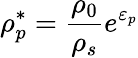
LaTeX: \rho_{p}^{*}=\frac{\rho_{0}}{\rho_{s}}e^{\varepsilon_{p}}